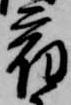
宿